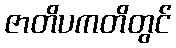
ဇာတိပကတိတွင်